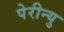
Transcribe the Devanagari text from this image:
पेरीन्यु